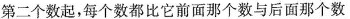
第二数起，每个数都比它前面那个数与后面那个数